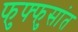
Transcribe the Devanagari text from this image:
फुफ्फुसांत